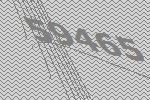
59465